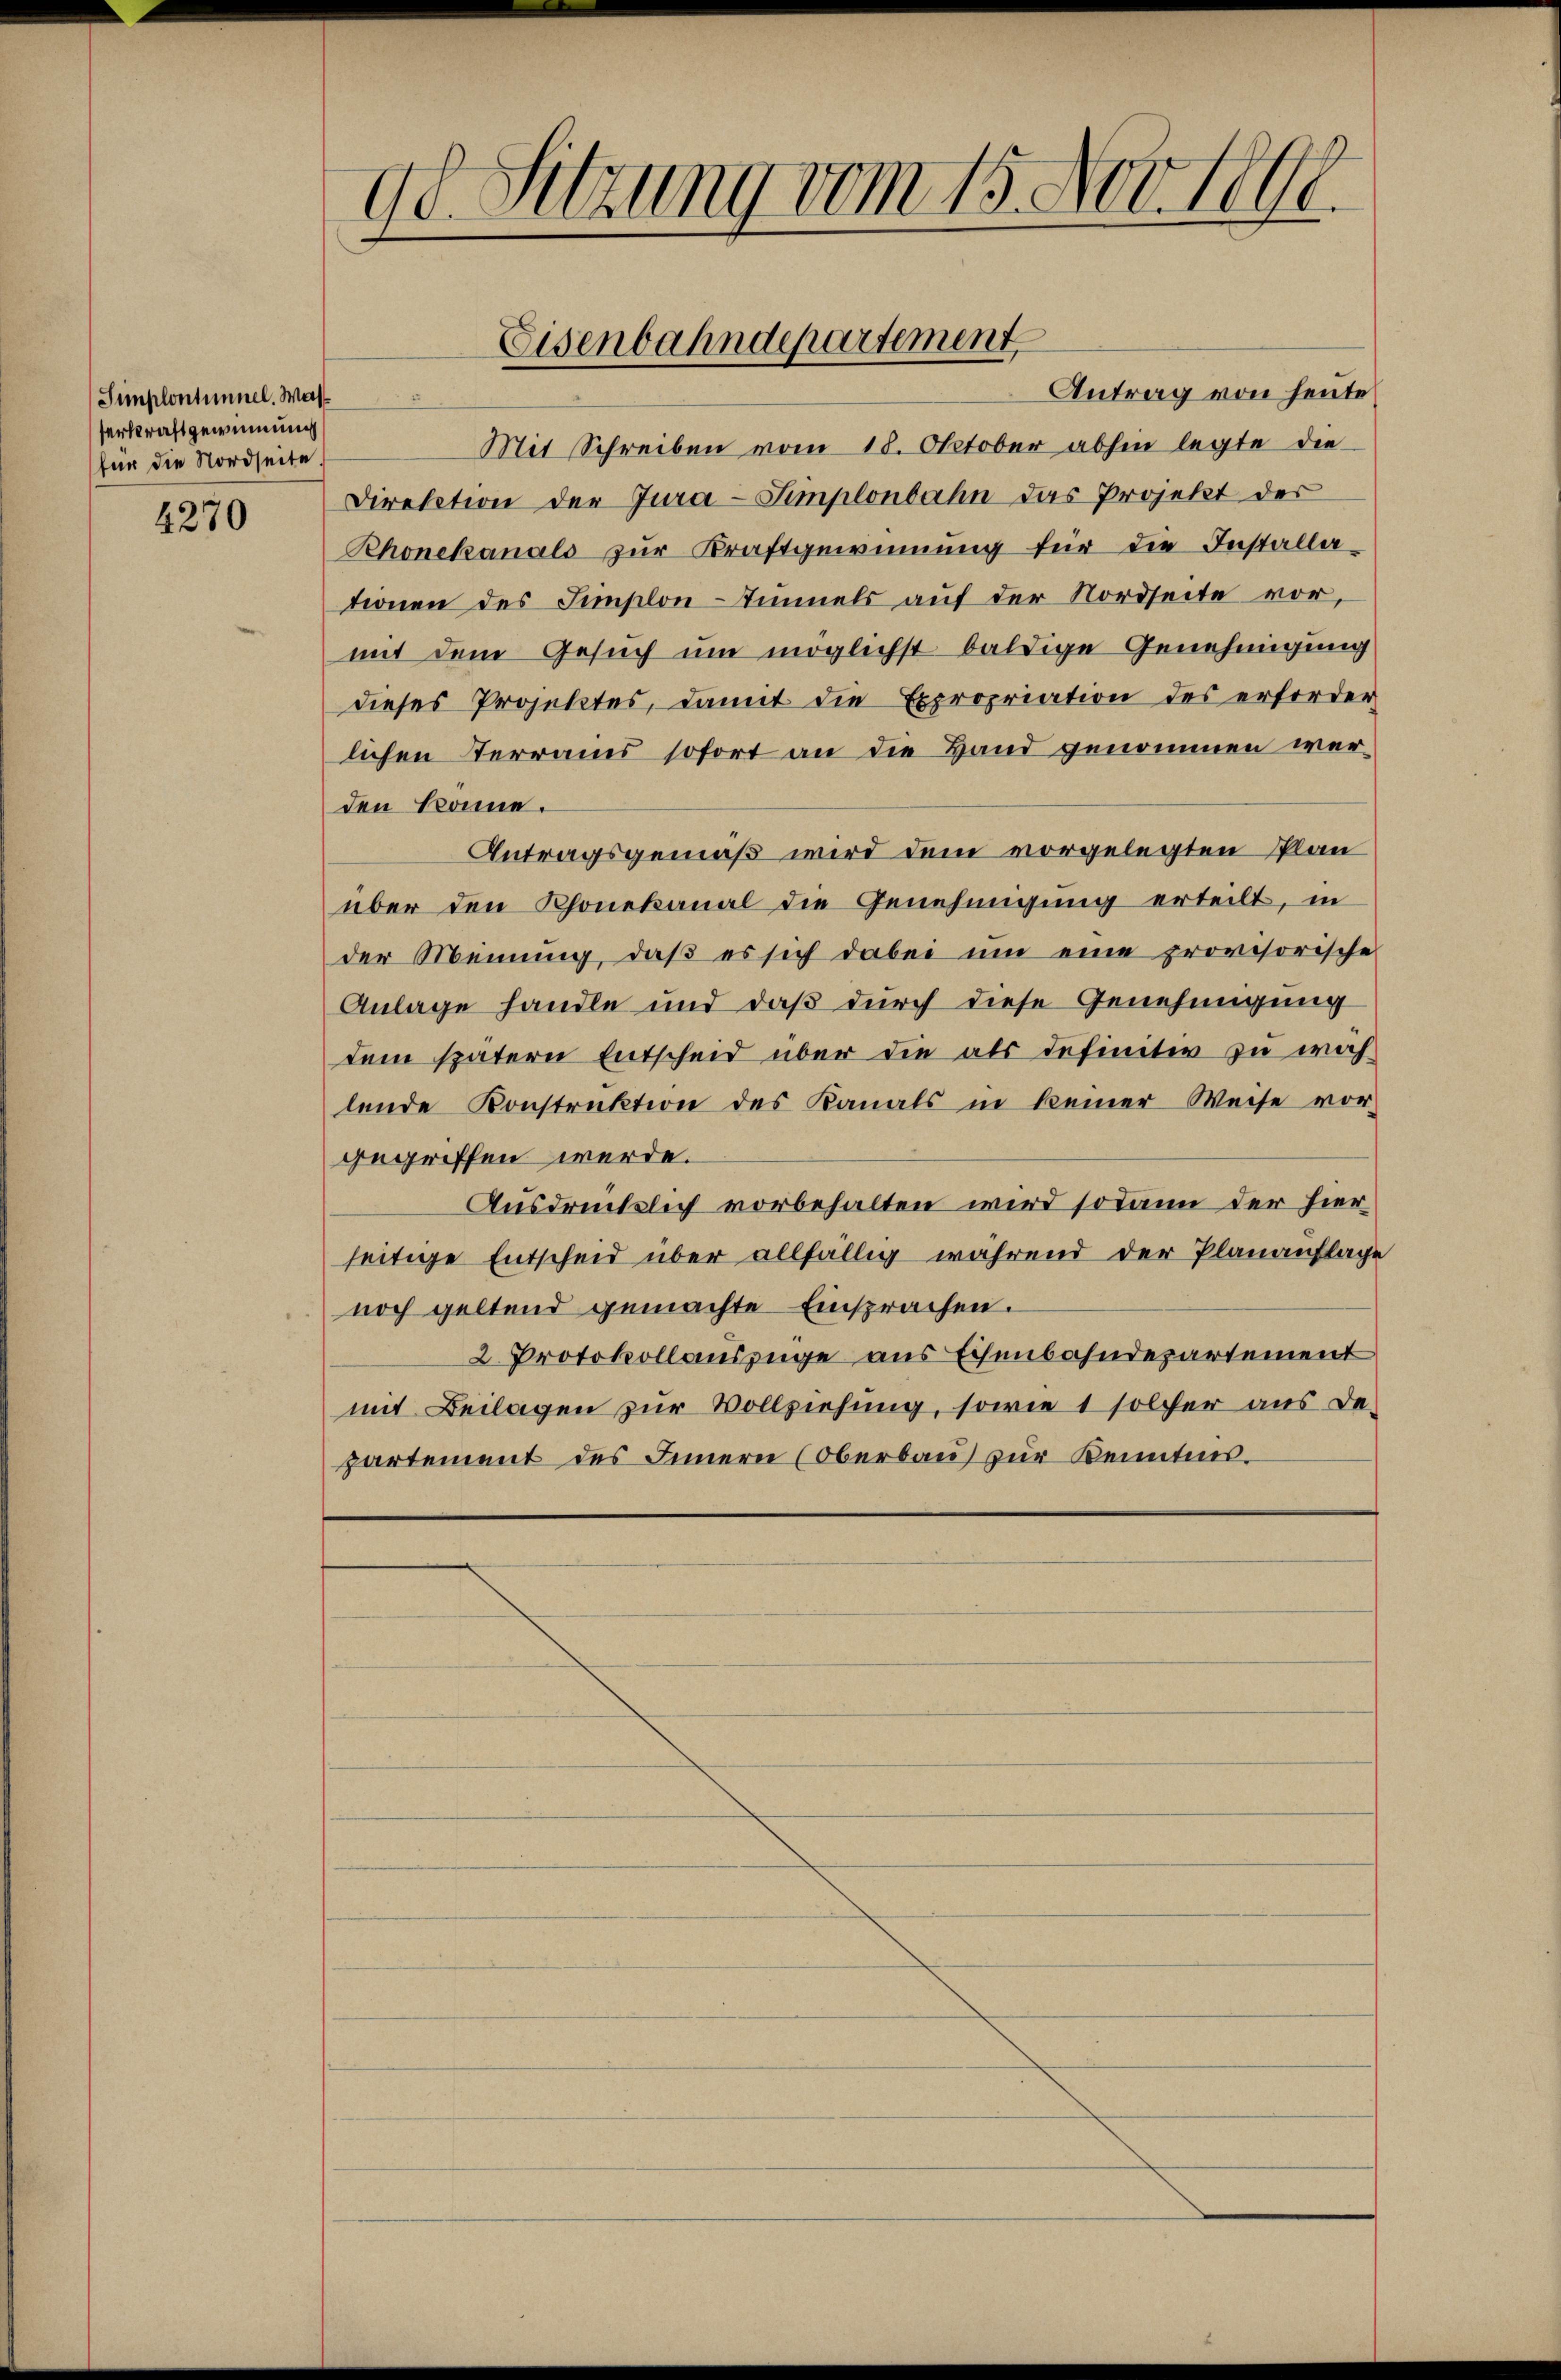
Simplontimmel. Was
serkraft gewinnung
für die Nordseite.

4270

Antrag von heute
2
Mit Schreiben vom 18. Oktober abhin legte die
Direktion der Jura-Simplonbahn das Projekt der
Rhonekanals zŭr Kraftgewinnung für die Installa-
tionen des Simplon-Uimels aŭf der Nordseite vor,
mit dem Gesuch um möglichst baldige Genehmigung
dieses Projektes, damit die Expropriation des erforder-
lichen Terrains sofort an die Hand genommen werden könne.
Antragsgemäß wird dem vorgelegten Plan
über den Rhonekanal die Genehmigung erteilt, in
der Meinung, daβ es sich dabei um eine provisorische
Anlage handle und daß durch diese Genehmigung
dem spätern Entscheid über die als definitiv zu woh
lende Konstruktion des Kanals in keiner Weise vor-
gegriffen werde.
Ausdrücklich vorbehalten wird sodann der hier
seitige Entscheid über allfällig während der Planauflage
noch geltend gemachte Einsprachen.
2 Protokollauszüge aus Eisenbahndepartement
mit Beilagen zur Vollziehung, sowie 1 solcher aus de-
partement des Innern (Oberbau zur Kenntnis.

98. Sitzung vom 15. Nov. 1890.

Eisenbahndepartement